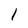
Character: 1